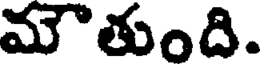
మౌతుంది.